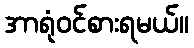
အာရုံဝင်စားရမယ်။